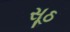
સૂઠ